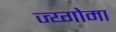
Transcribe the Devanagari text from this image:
ज्य्गोमा